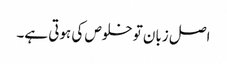
اصل زبان تو خلوص کی ہوتی ہے۔